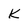
Character: K